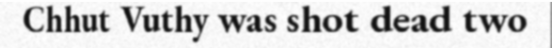
Chhut Vuthy was shot dead two